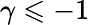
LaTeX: \gamma\leqslant-1